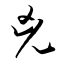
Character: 兇